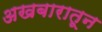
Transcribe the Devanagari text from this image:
अखबारातून